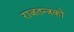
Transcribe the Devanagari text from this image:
राजतन्त्रको